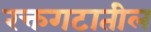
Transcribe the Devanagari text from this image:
रक्तगटातील